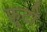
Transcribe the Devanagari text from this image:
फ़्रूटी